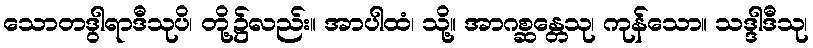
သောတဒွါရာဒီသုပိ၊ တို့၌လည်း။ အာပါထံ၊ သို့။ အာဂစ္ဆန္တေသု၊ ကုန်သော။ သဒ္ဒါဒီသု၊